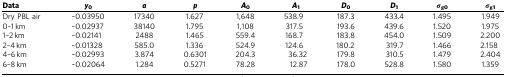
| Data | y0 | a | p | A0 | A1 | D0 | D1 | σg0 | σg1 |
 | --- | --- | --- | --- | --- | --- | --- | --- | --- | --- |
 | Dry PBL air | –0.03950 | 17340 | 1.627 | 1,648 | 538.9 | 187.3 | 433.4 | 1.495 | 1.949 |
 | 0–1 km | –0.02937 | 38140 | 1.795 | 1,108 | 317.5 | 193.6 | 439.6 | 1.520 | 1.975 |
 | 1–2 km | –0.02141 | 2488 | 1.465 | 559.4 | 168.7 | 183.8 | 454.0 | 1.509 | 2.200 |
 | 2–4 km | –0.01328 | 585.0 | 1.336 | 524.9 | 124.6 | 180.2 | 319.7 | 1.466 | 2.158 |
 | 4–6 km | –0.02993 | 3.874 | 0.6301 | 204.3 | 36.32 | 179.8 | 310.5 | 1.479 | 2.404 |
 | 6–8 km | –0.02064 | 1.284 | 0.5271 | 78.28 | 12.87 | 178.0 | 528.8 | 1.580 | 1.359 |